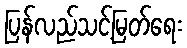
ပြန်လည်သင့်မြတ်ရေး